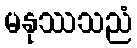
မနုဿသညံ